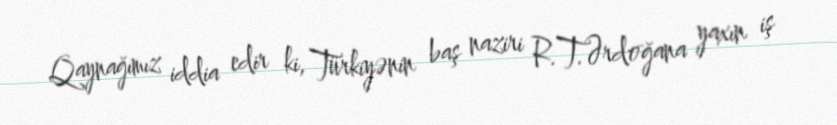
Qaynağımız iddia edir ki, Türkiyənin baş naziri R.T.Ərdoğana yaxın iş